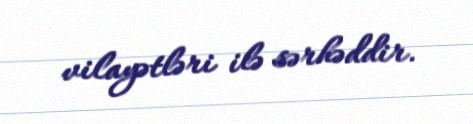
vilayətləri ilə sərhəddir.